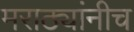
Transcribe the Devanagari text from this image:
मराठ्यांनीच